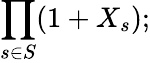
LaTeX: \prod_{s\in S}(1+X_{s});